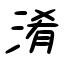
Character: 淆